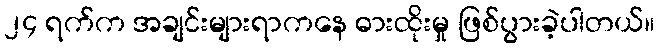
၂၄ ရက်က အချင်းများရာကနေ ဓားထိုးမှု ဖြစ်ပွားခဲ့ပါတယ်။